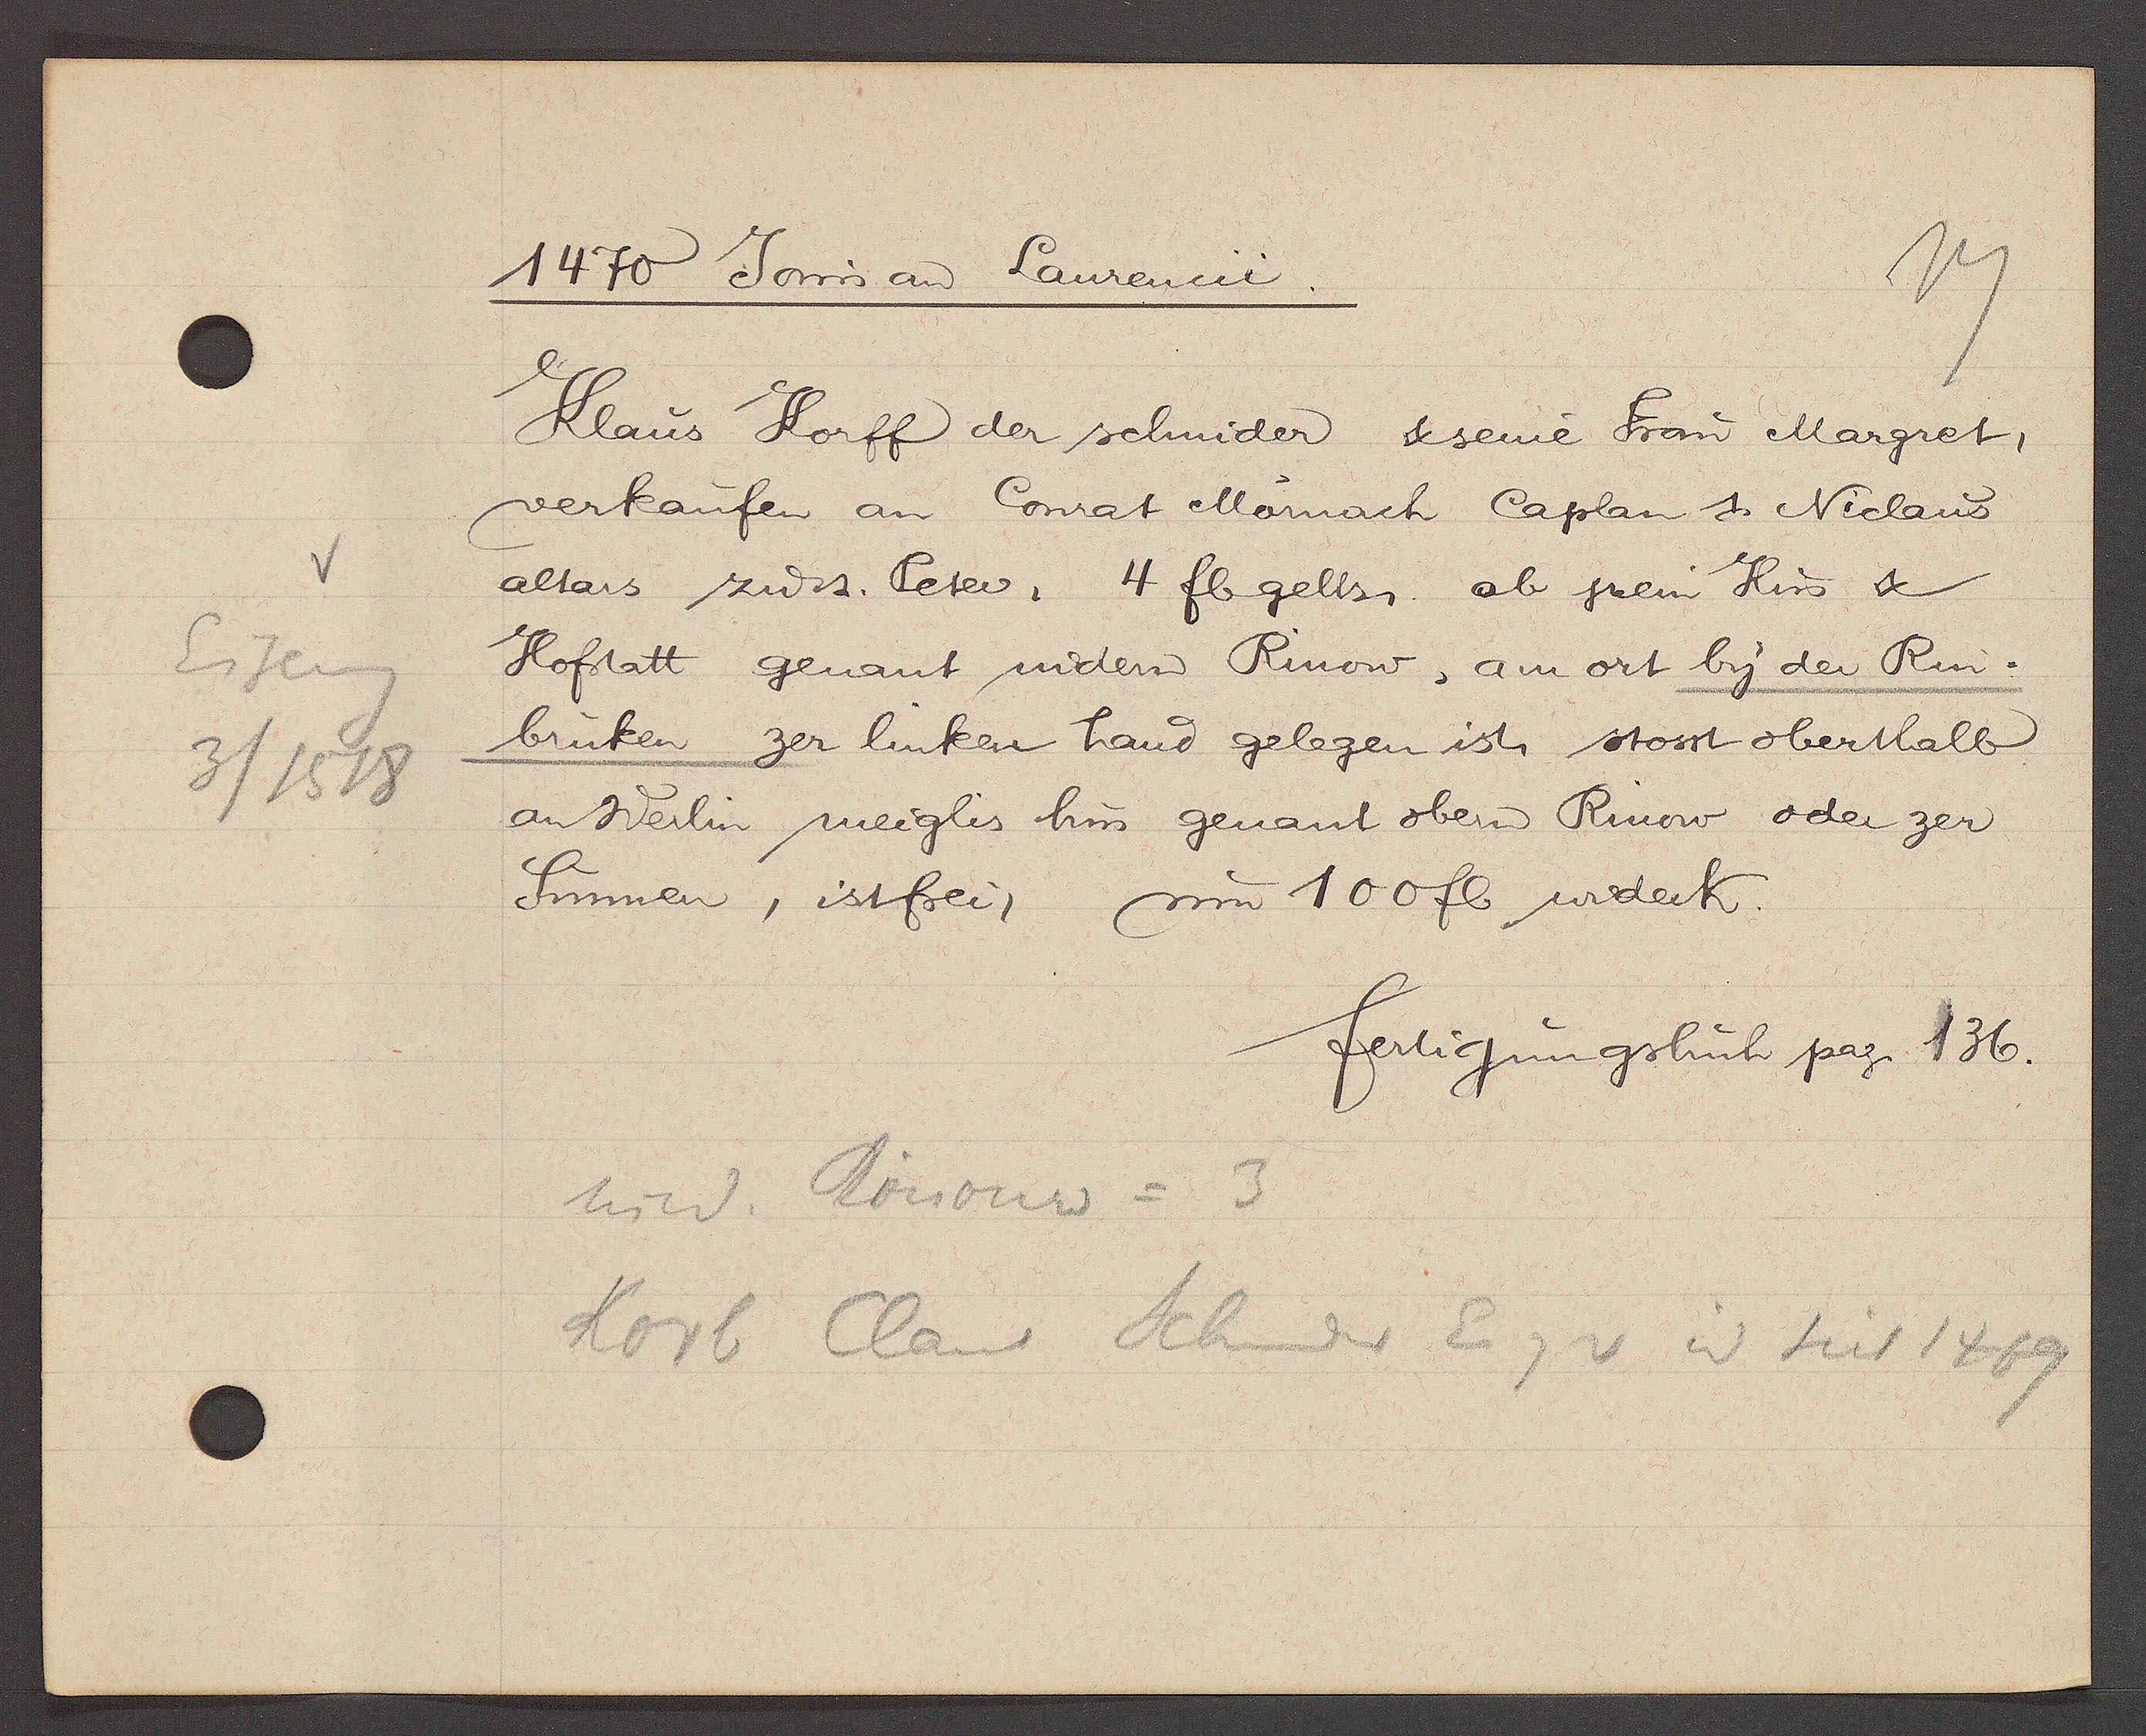
Transcript:
Eiseng
3/1518

1470 Jovis aȵ Laurencii.

Klaus Korff der schnider & seine Frau Margret,
verkaufen an Conrat Mornach Caplan & Niclaus
altars zu st. Peter, 4 fl gells. ab jrem Hus &
Hofstatt genant nidern Rinow, am ort by der Rin¬
brüken zer linken hand gelegen ist. stosst oberthalb
an Werlin meiglis hus genant obern Rinow oder zer
Sunnen, istfrei, um 100 fl widerk.

fertigungsbuch pag. 136.

nied. Rinouw = 3
Korb Claus Schnider Eig v 3? seit 1469